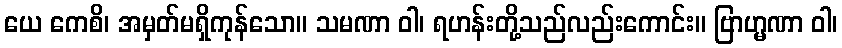
ယေ ကေစိ၊ အမှတ်မရှိကုန်သော။ သမဏာ ဝါ၊ ရဟန်းတို့သည်လည်းကောင်း။ ဗြာဟ္မဏာ ဝါ၊